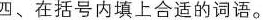
四、在括号内填上合适的词语。